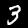
Digit: 3